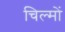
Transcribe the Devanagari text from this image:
चिल्मों